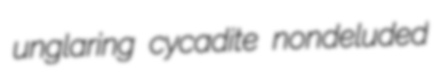
unglaring cycadite nondeluded